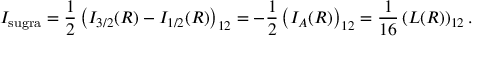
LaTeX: I _ { \mathrm { s u g r a } } = { \frac { 1 } { 2 } } \left( I _ { 3 / 2 } ( R ) - I _ { 1 / 2 } ( R ) \right) _ { 1 2 } = - { \frac { 1 } { 2 } } \left( I _ { A } ( R ) \right) _ { 1 2 } = { \frac { 1 } { 1 6 } } \left( L ( R ) \right) _ { 1 2 } .